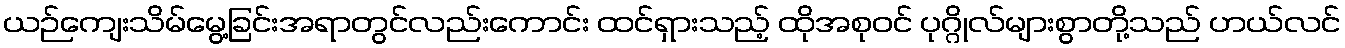
ယဉ်ကျေးသိမ်မွေ့ခြင်းအရာတွင်လည်းကောင်း ထင်ရှားသည့် ထိုအစုဝင် ပုဂ္ဂိုလ်များစွာတို့သည် ဟယ်လင်